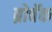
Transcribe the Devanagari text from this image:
ब्रोबॅक